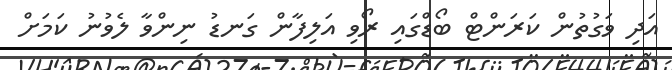
އަދި ވަގުތުން ކަރަންޓް ބޯޑްގައި ރޯވި އަލިފާން ގަނޑު ނިންވާ ލެވުނު ކަމަށް